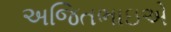
અજિતભાઇએ